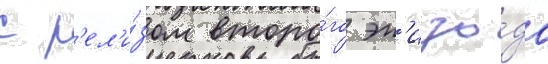
с р'ел'и́зом второ́го эп'изо́да